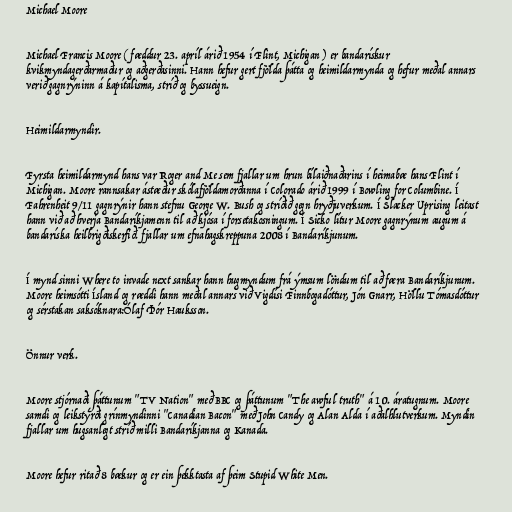
Michael Moore

Michael Francis Moore ( fæddur 23. apríl árið 1954 í Flint, Michigan ) er bandarískur
kvikmyndagerðarmaður og aðgerðasinni. Hann hefur gert fjölda þátta og heimildarmynda og hefur meðal annars
verið gagnrýninn á kapítalisma, stríð og byssueign.

Heimildarmyndir.

Fyrsta heimildarmynd hans var Roger and Me sem fjallar um hrun bílaiðnaðarins í heimabæ hans Flint í
Michigan. Moore rannsakar ástæður skólafjöldamorðanna í Colorado árið 1999 í Bowling for Columbine. Í
Fahrenheit 9/11 gagnrýnir hann stefnu George W. Bush og stríðið gegn hryðjuverkum. Í Slacker Uprising leitast
hann við að hverja Bandaríkjamenn til að kjósa í forsetakosningum. Í Sicko lítur Moore gagnrýnum augum á
bandaríska heilbrigðiskerfið. fjallar um efnahagskreppuna 2008 í Bandaríkjunum.

Í mynd sinni Where to invade next sankar hann hugmyndum frá ýmsum löndum til að færa Bandaríkjunum.
Moore heimsótti Ísland og ræddi hann meðal annars við Vigdísi Finnbogadóttur, Jón Gnarr, Höllu Tómasdóttur
og sérstakan saksóknara:Ólaf Þór Hauksson.

Önnur verk.

Moore stjórnaði þáttunum "TV Nation" með BBC og þáttunum "The awful truth" á 10. áratugnum. Moore
samdi og leikstýrði grínmyndinni "Canadian Bacon" með John Candy og Alan Alda í aðalhlutverkum. Myndin
fjallar um hugsanlegt stríð milli Bandaríkjanna og Kanada.

Moore hefur ritað 8 bækur og er ein þekktasta af þeim Stupid White Men.